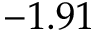
- 1 . 9 1